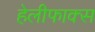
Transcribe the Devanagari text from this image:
हेलीफाक्स